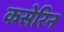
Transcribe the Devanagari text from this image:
कसेरिन